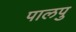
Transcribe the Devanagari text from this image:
पालपु